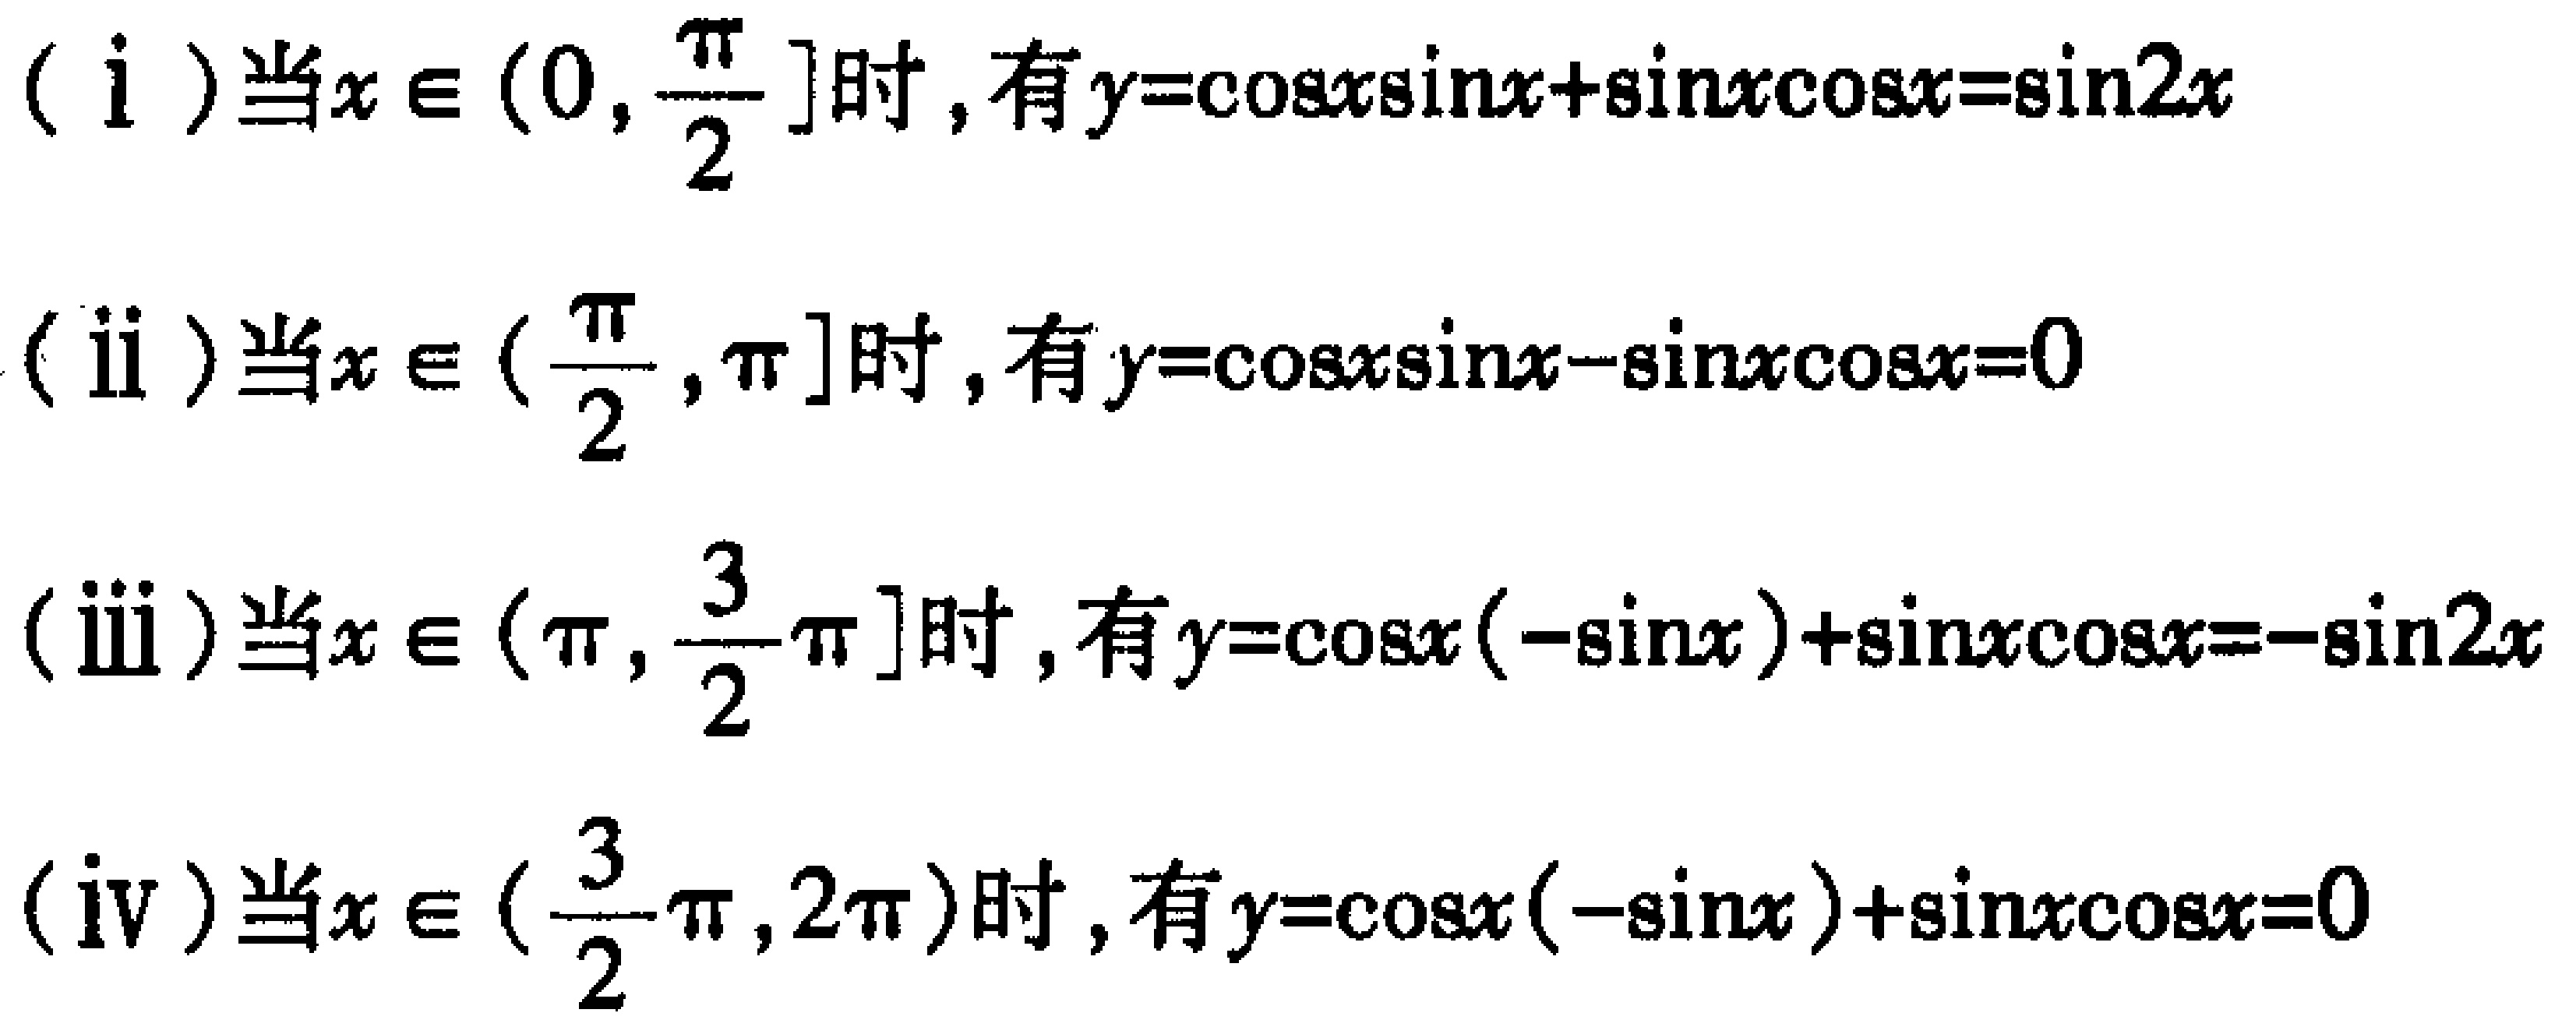
（i）当\(x\in(0,\frac{\pi}{2}]\)时，有\(y = \cos x\sin x+\sin x\cos x=\sin 2x\)
（ii）当\(x\in(\frac{\pi}{2},\pi]\)时，有\(y = \cos x\sin x - \sin x\cos x = 0\)
（iii）当\(x\in(\pi,\frac{3}{2}\pi]\)时，有\(y = \cos x(-\sin x)+\sin x\cos x=-\sin 2x\)
（iv）当\(x\in(\frac{3}{2}\pi,2\pi)\)时，有\(y = \cos x(-\sin x)+\sin x\cos x = 0\)